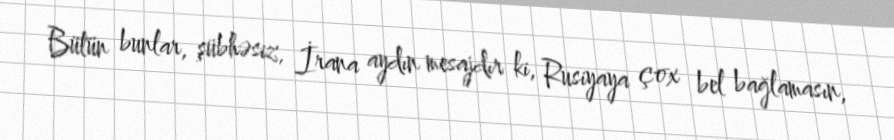
Bütün bunlar, şübhəsiz, İrana aydın mesajdır ki, Rusiyaya çox bel bağlamasın,